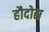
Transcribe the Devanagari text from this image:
हौदोस